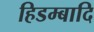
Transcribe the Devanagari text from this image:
हिडम्बादि